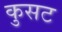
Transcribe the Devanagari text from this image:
कुसट